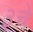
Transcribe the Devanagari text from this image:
३चे